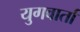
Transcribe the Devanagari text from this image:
युगवार्ता